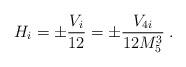
LaTeX: \begin{align*}H_i = \pm\frac{V_i}{12}=\pm\frac{V_{4i}}{12M_5^3}\; .\end{align*}